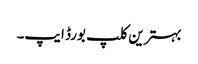
بہترین کلپ بورڈ ایپ۔